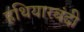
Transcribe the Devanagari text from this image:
हथियारबंदी